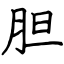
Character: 胆